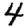
Digit: 4